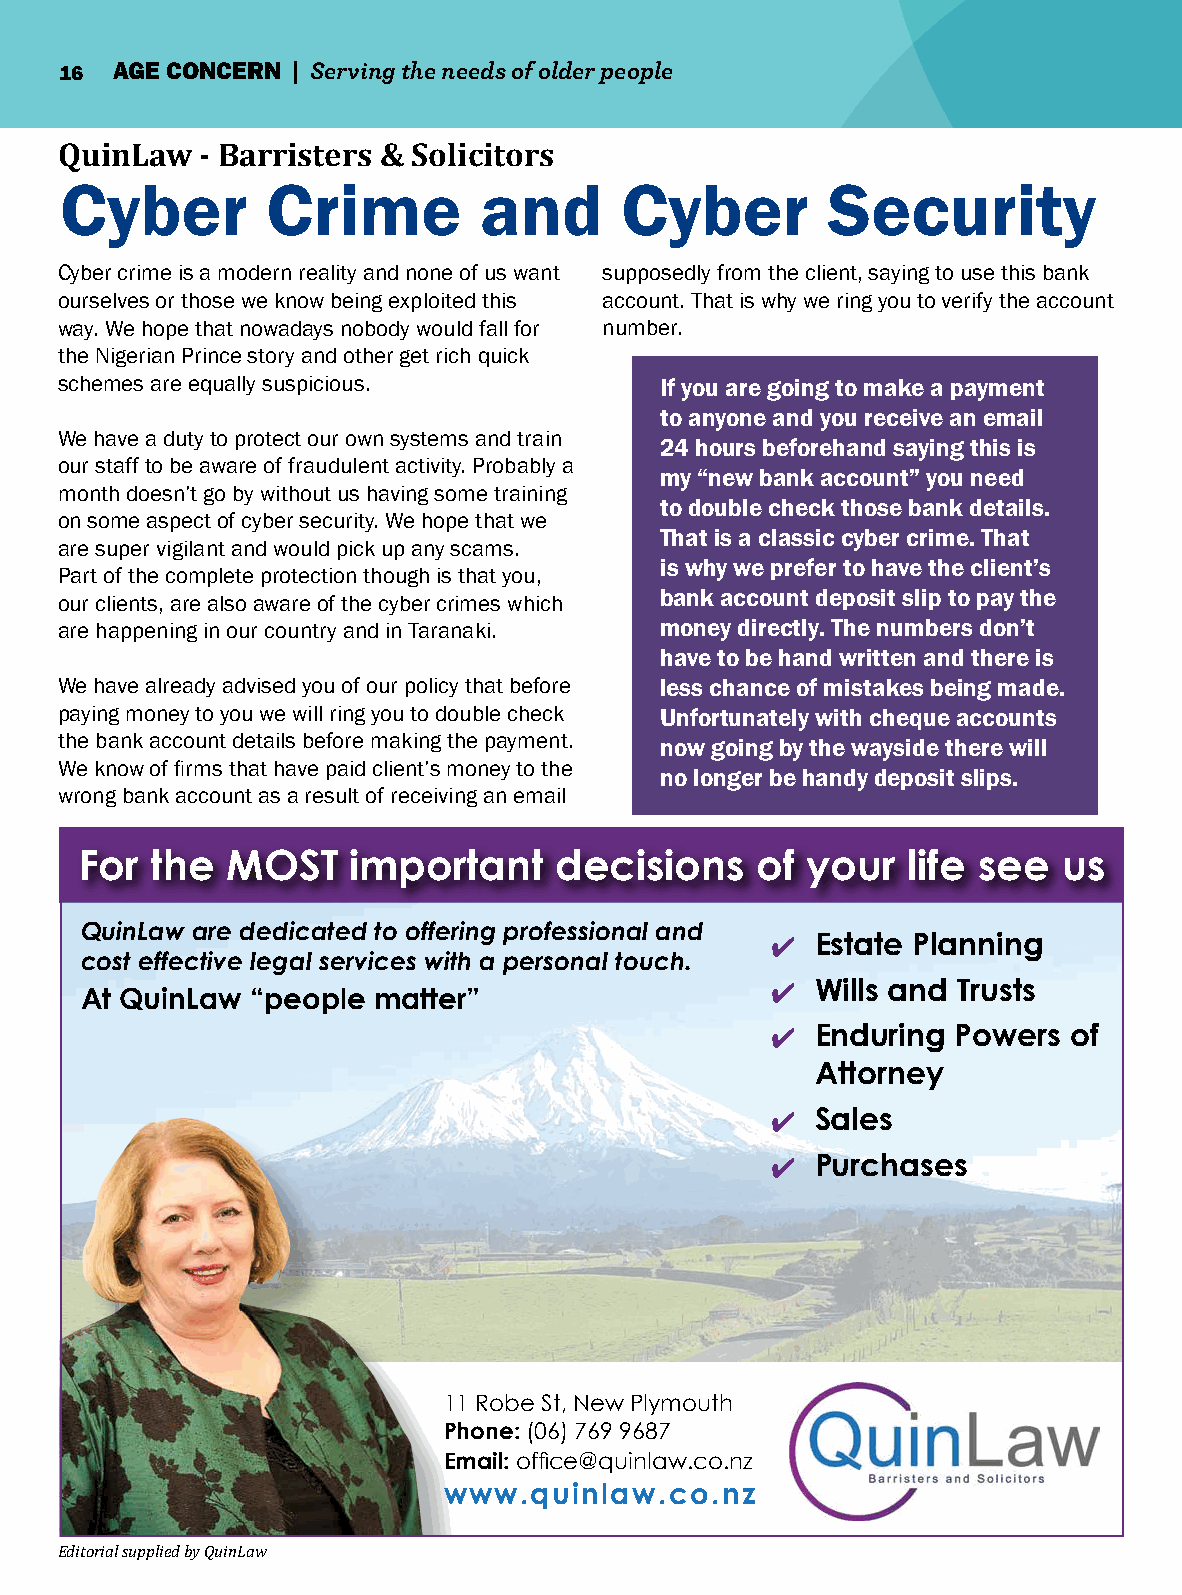
16 AGE CONCERN | Serving the needs of older people
 QuinLaw  - Barristers & Solicitors
 Cyber         Crime         and      Cyber         Security
 Cyber crime is a modern reality and none of us want supposedly from the client, saying to use this bank
 ourselves or those we know being exploited this account. That is why we ring you to verify the account
 way. We hope that nowadays nobody would fall for number.
 the Nigerian Prince story and other get rich quick
 schemes are equally suspicious.         If you are going to make a payment
 to anyone and you receive an email
 We have a duty to protect our own systems and train
 24 hours beforehand saying this is
 our staff to be aware of fraudulent activity. Probably a
 my “new bank account” you need
 month doesn’t go by without us having some training
 to double check those bank details.
 on some aspect of cyber security. We hope that we
 That is a classic cyber crime. That
 are super vigilant and would pick up any scams.
 is why we prefer to have the client’s
 Part of the complete protection though is that you,
 bank account deposit slip to pay the
 our clients, are also aware of the cyber crimes which
 are happening in our country and in Taranaki. money directly. The numbers don’t
 have to be hand written and there is
 We have already advised you of our policy that before less chance of mistakes being made.
 paying money to you we will ring you to double check Unfortunately with cheque accounts
 the bank account details before making the payment. now going by the wayside there will
 We know of firms that have paid client’s money to the
 no longer be handy deposit slips.
 wrong bank account as a result of receiving an email
 For  the  MOST    important     decisions    of your   life see  us
 QuinLaw are dedicated to offering professional and
 4  Estate Planning
 cost effective legal services with a personal touch.
 4  Wills and Trusts
 At QuinLaw  “people matter”
 4  Enduring Powers  of
 Attorney
 4  Sales
 4  Purchases
 11 Robe St, New Plymouth
 Phone: (06) 769 9687
 Email: office@quinlaw.co.nz
 www.quinlaw.co.nz
 Editorial supplied by QuinLaw